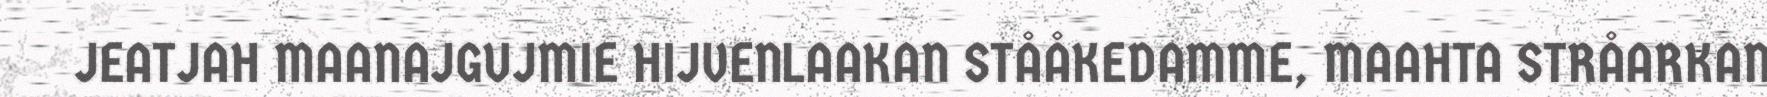
JEATJAH MAANAJGUJMIE HIJVENLAAKAN STÅÅKEDAMME, MAAHTA STRÅARKAN